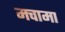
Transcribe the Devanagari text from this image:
मचामा